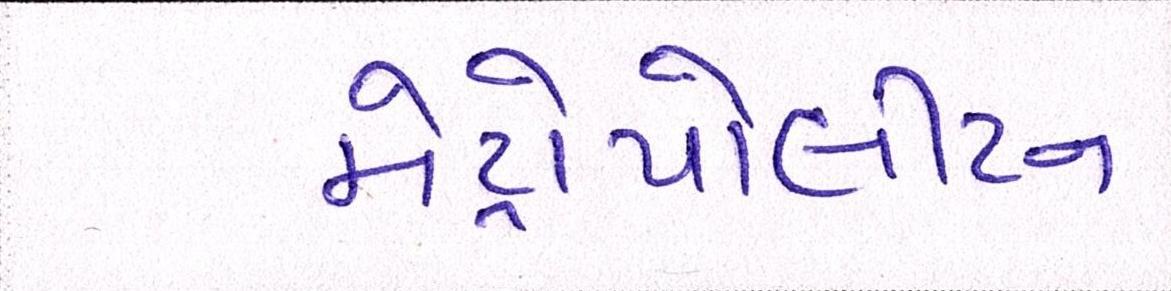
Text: મેટ્રોપોલીટન